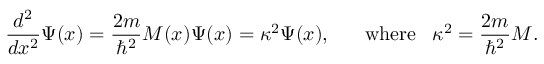
{ \frac { d ^ { 2 } } { d x ^ { 2 } } } \Psi ( x ) = { \frac { 2 m } { \hbar ^ { 2 } } } M ( x ) \Psi ( x ) = { \kappa } ^ { 2 } \Psi ( x ) , \; \; \; \; \; \; \mathrm { w h e r e } \; \; \; { \kappa } ^ { 2 } = { \frac { 2 m } { \hbar ^ { 2 } } } M .